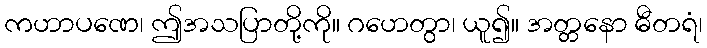
ကဟာပဏေ၊ ဤအသပြာတို့ကို။ ဂဟေတွာ၊ ယူ၍။ အတ္တနော ဓီတရံ၊